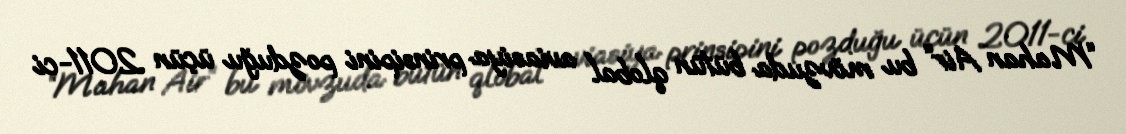
“Mahan Air” bu mövzuda bütün qlobal aviasiya prinsipini pozduğu üçün 2011-ci